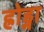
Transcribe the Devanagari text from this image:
ह्रोड्ना